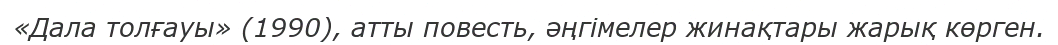
«Дала толғауы» (1990), атты повесть, әңгімелер жинақтары жарық көрген.